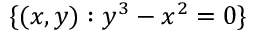
\{ ( x , y ) : y ^ { 3 } - x ^ { 2 } = 0 \}